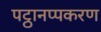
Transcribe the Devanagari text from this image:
पट्ठानप्पकरण